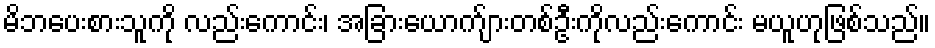
မိဘပေးစားသူကို လည်းကောင်း၊ အခြားယောက်ျားတစ်ဦးကိုလည်းကောင်း မယူဟုဖြစ်သည်။